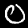
Label: 0